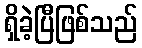
ရှိခဲ့ပြီဖြစ်သည်